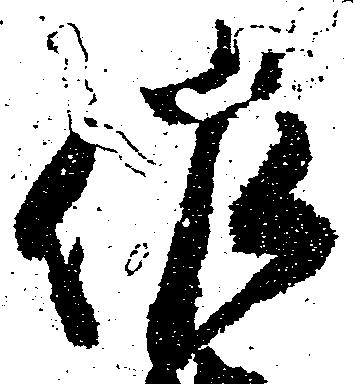
佐